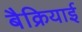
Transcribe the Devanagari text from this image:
बैक्रियाई